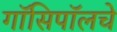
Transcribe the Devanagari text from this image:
गॉसिपॉलचे